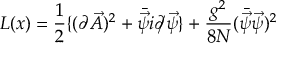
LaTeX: { \cal L } ( x ) = { \frac { 1 } { 2 } } \{ ( \partial \vec { A } ) ^ { 2 } + \bar { \vec { \psi } } i \partial \llap / \vec { \psi } \} + { \frac { g ^ { 2 } } { 8 N } } ( \bar { \vec { \psi } } \vec { \psi } ) ^ { 2 }